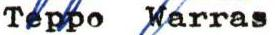
Teppo Warras